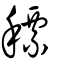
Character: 䅺